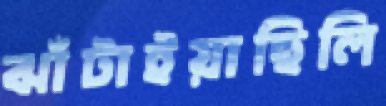
ঝাঁটাইয়াছিলি